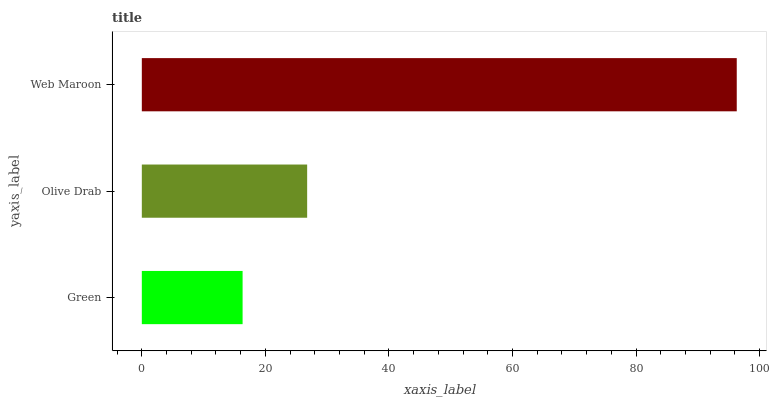
| yaxis_label | bars |
 | --- | --- |
 | Green | 16.3 |
 | Olive Drab | 26.8 |
 | Web Maroon | 96.3 |